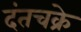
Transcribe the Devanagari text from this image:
दंतचक्रे